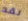
لقد